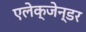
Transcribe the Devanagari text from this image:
एलेक्जेन्डर